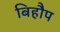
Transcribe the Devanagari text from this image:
बिहौप